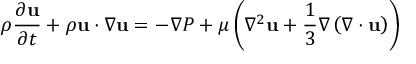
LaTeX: \rho { \frac { \partial \mathbf { u } } { \partial t } } + \rho \mathbf { u } \cdot \nabla \mathbf { u } = - \nabla P + \mu \left( \nabla ^ { 2 } \mathbf { u } + { \frac { 1 } { 3 } } \nabla \left( \nabla \cdot \mathbf { u } \right) \right)